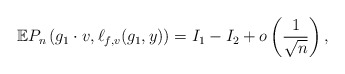
\begin{align*}\mathbb E P_{n} \left( g_1 \cdot v, \ell_{f,v} (g_1,y) \right) = I_1 - I_2 + o \left( \frac{ 1 }{\sqrt{n}} \right), \end{align*}